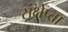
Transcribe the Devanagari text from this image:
संक्षेप्ता